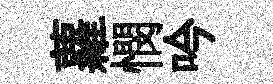
蘿憫吟